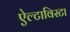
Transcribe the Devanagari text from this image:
ऐल्टाविस्टा